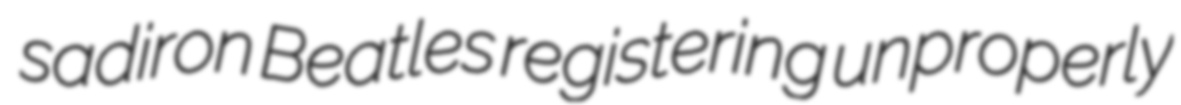
sadiron Beatles registering unproperly